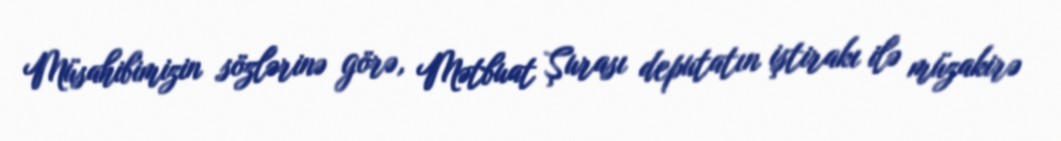
Müsahibimizin sözlərinə görə, Mətbuat Şurası deputatın iştirakı ilə müzakirə